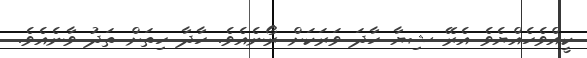
ކީއްވެހެއްޔެވެ އެރޭ ޝިޔާ ހާދަ ވަރަކަށް ރޯނެއެވެ. ހާދާ ހިތަށް ތަދު ވާނެއެވެ.